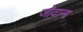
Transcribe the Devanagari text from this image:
जोवाना